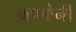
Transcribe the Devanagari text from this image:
म्हणोनी